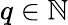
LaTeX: q\in\mathbb{N}